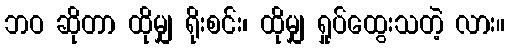
ဘဝ ဆိုတာ ထိုမျှ ရိုးစင်း၊ ထိုမျှ ရှုပ်ထွေးသတဲ့ လား။